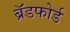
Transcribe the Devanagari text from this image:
ब्रॅडफोर्ड